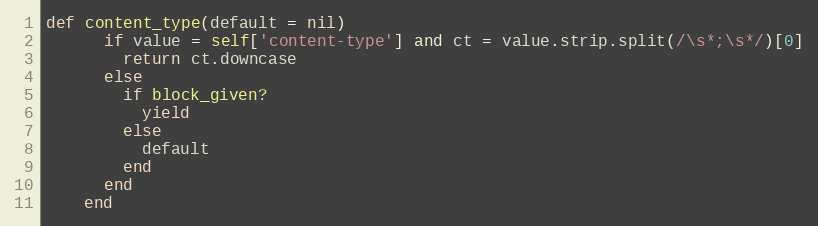
Language: Ruby
def content_type(default = nil)
      if value = self['content-type'] and ct = value.strip.split(/\s*;\s*/)[0]
        return ct.downcase
      else
        if block_given?
          yield
        else
          default
        end
      end
    end